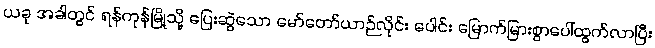
ယခု အခါတွင် ရန်ကုန်မြို့သို့ ပြေးဆွဲသော မော်တော်ယာဉ်လိုင်း ပေါင်း မြောက်မြားစွာပေါ်ထွက်လာပြီး